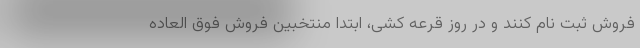
فروش ثبت نام کنند و در روز قرعه کشی، ابتدا منتخبین فروش فوق العاده